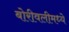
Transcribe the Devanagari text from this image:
बोरीवलीमध्ये